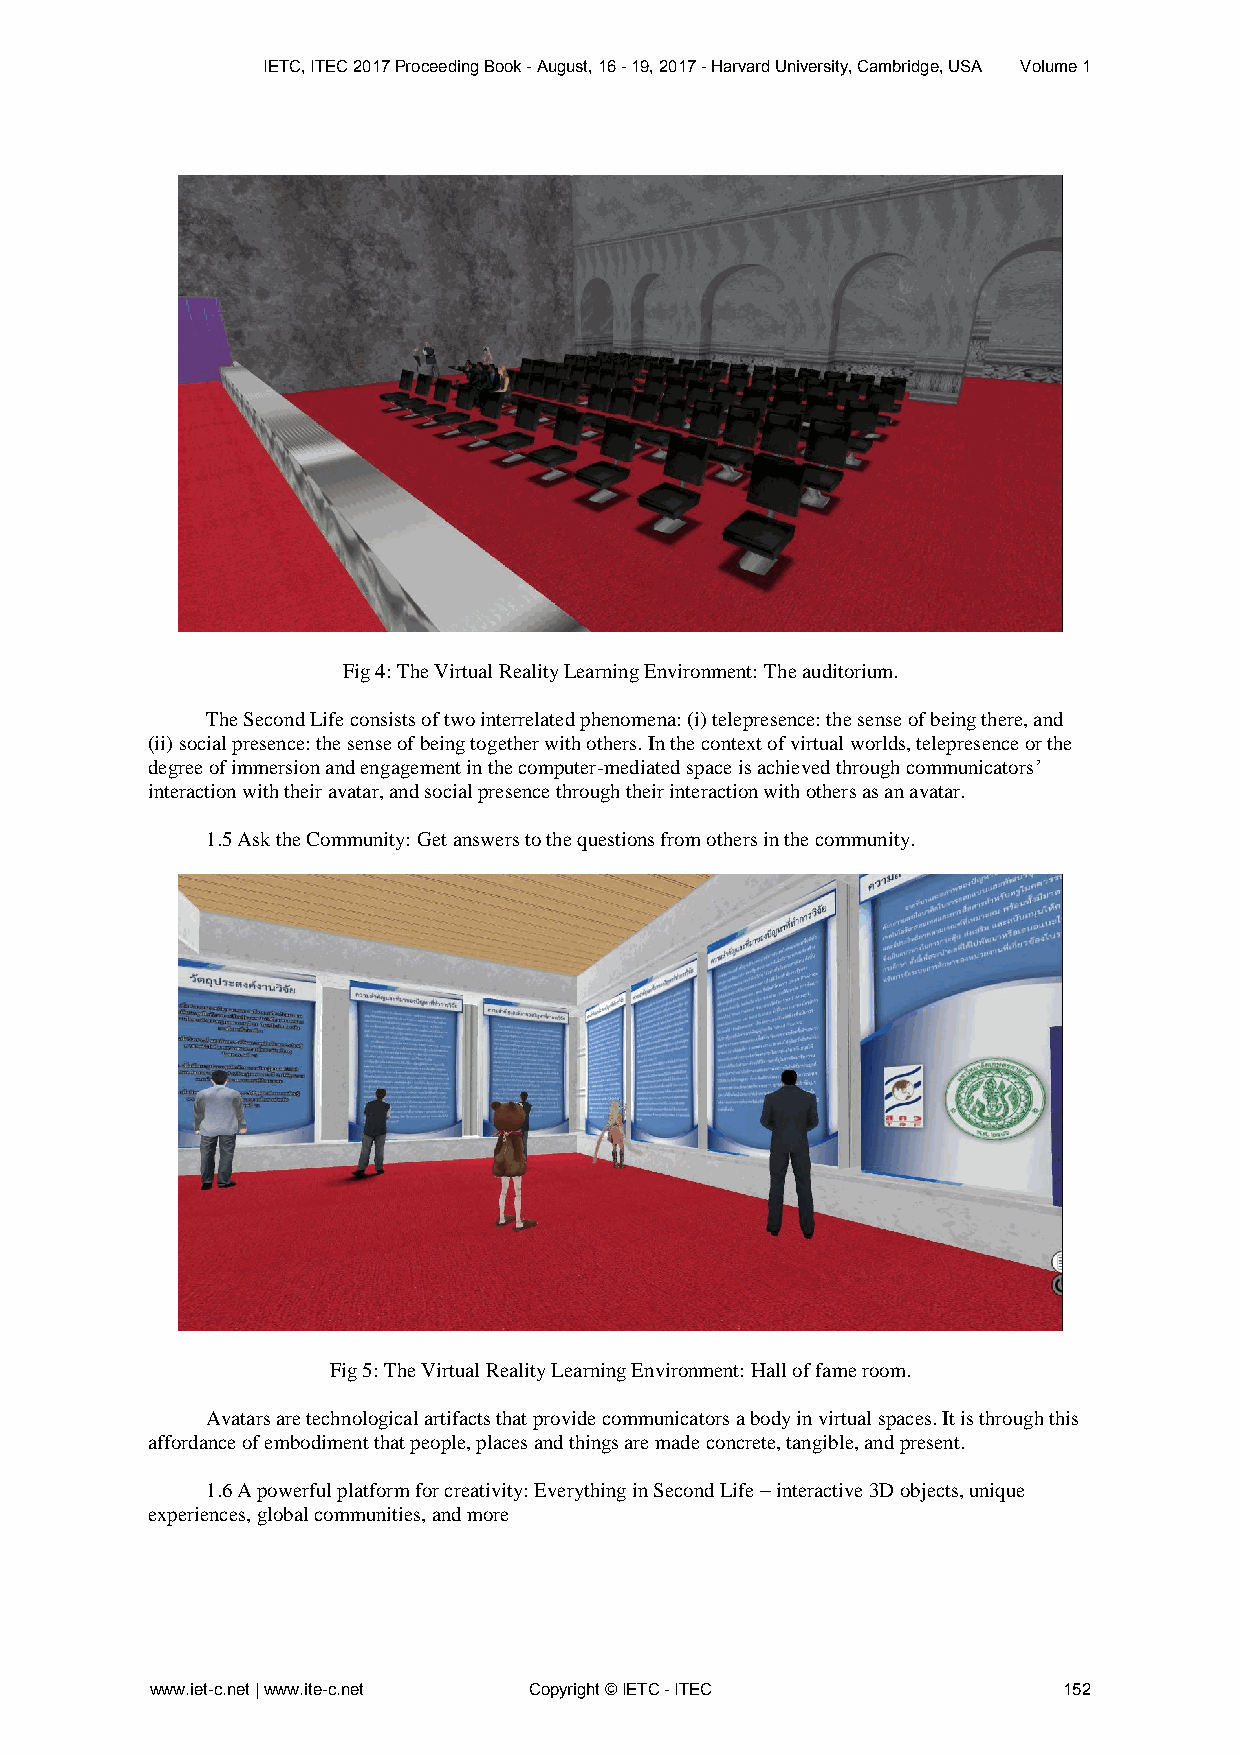
IETC, ITEC 2017 Proceeding Book - August, 16 - 19, 2017 - Harvard University, Cambridge, USA Volume 1
 Fig 4: The Virtual Reality Learning Environment: The auditorium.
 The Second Life consists of two interrelated phenomena: (i) telepresence: the sense of being there, and
 (ii) social presence: the sense of being together with others. In the context of virtual worlds, telepresence or the
 degree of immersion and engagement in the computer-mediated space is achieved through communicators’
 interaction with their avatar, and social presence through their interaction with others as an avatar.
 1.5 Ask the Community: Get answers to the questions from others in the community.
 Fig 5: The Virtual Reality Learning Environment: Hall of fame room.
 Avatars are technological artifacts that provide communicators a body in virtual spaces. It is through this
 affordance of embodiment that people, places and things are made concrete, tangible, and present.
 1.6 A powerful platform for creativity: Everything in Second Life – interactive 3D objects, unique
 experiences, global communities, and more
 www.iet-c.net | www.ite-c.net Copyright © IETC - ITEC       152